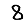
Digit: 8